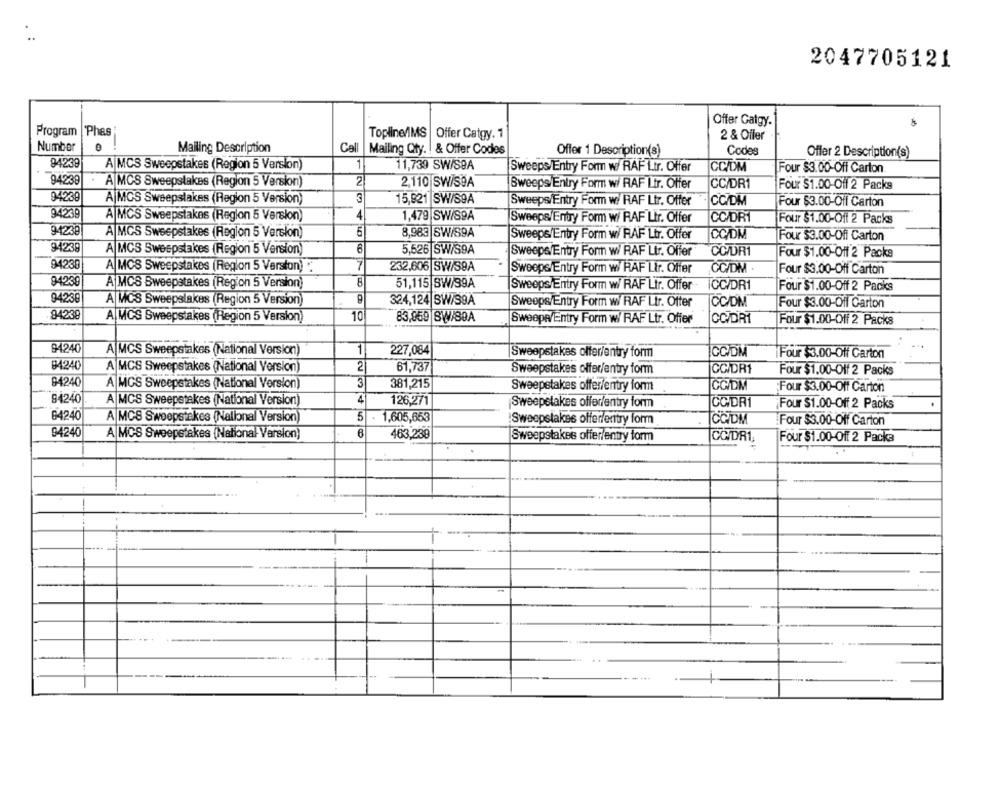
2047705121
Offer Gatgy.
Program |Phas
Topline/IMS |Offer Catgy. 1
2 & Offer
Number
Mailing Description
Call
Mailing Qty. ! & Offer Codes
Codes
Offer 1 Description(s)
Offer 2 Description(s)
94239
A|MCS Sweepstakes (Region 5 Version)
1
11,739 SW/SBA
CC/DM
Sweeps/Entry Form w/ RAF Ltr. Offer
Four $3.00-Off Carton
94238
. A MCS Sweepstakes (Region 5 Version)
2
2,110 SW/S9A
Sweeps Entry Form w/ RAF Ltr. Offer
CC/DR1
Four $1.00-Off 2 Packs
94239
15,821 SW/S9A
A|MCS Sweepstakes (Region 5 Version)
Sweeps/Entry Form w: RAF Ltr. Offer
CC/DM
Four $3.00-Off Carton
94239
4
A MCS Sweepstakes (Region 5 Version)
1,479 SW/S9A
Sweeps/Entry Form w/ RAF Ltr. Offer
CC/DR
Four $1.00-Off 2 Packs
94238
A MCS Sweepstakes (Region 5 Version)
5
8,988 SW/89A
Sweeps/Entry Form w/ RAF Ltr. Offer
CC/DM
Four $3.00-Off Carton
94239
A MCS Sweepstakes (Region 5 Version)
5,526 SWIS9A
Sweeps/Entry Form wi RAF Ltr. Offer
CC/DR1
Four $1.00-Off 2 Packs
94239
A MCS Sweepstakes (Region 5 Version) .
7
232,606 SW/S9A
Sweeps/Entry Form w/ RAF Ltr. Offer
CC/DM .
Four $3.00-Off Carton
94239
A MCS Sweepstakes (Region 5 Version)
51,115 SW/39A
Sweeps/Entry Form w/ RAF Ltr. Offer
CC/DR1
Four $1.00-Off 2 Packs
94239
A MCS Sweepstakes (Region 5 Version
324,124 SW/39A
CC/DM
Sweeps/Entry Form w/ RAF Ltr. Offer
Four $3.00-Off Carton
94238
10
A|MCS Sweepstakes (Region 5 Version)
83,059 8W/89A
Sweepe/Entry Form w/ RAF Ltr. Offer
CC/DR1
Four $1.00-Off 2 Packs
94240
A MCS Sweepstakes (National Version)
1
227,084
Sweepstakes offer/entry form
CC/DM
Four $3.00-Off Carton
84240
A MCS Sweepstakes (National Version)
2
61,737
Sweepstakes offer/entry form
CC/DR1
Four $1.00-Olf 2 Packs
94240
A MCS Sweepstakes (National Version)
3
381,215
Sweepstakes offer/entry form
CG/DM
Four $3.00-Off Carton
94240
A MCS Sweepstakes (National Version)
4
126,271
Sweepstakes offer/entry form
CCDR1
Four $1.00-Off 2 Packs
84240
A MC8 Sweepstakes (Nalional Version)
5
.
1,605,653
CCIDM
Sweepstakes offer/exttry form
Four $3.00-Off Carton
94240
A MCS Sweepstakes (National- Version)
463,238
Sweepstakes offer/entry form
CC/DR1,
Four $1.00-Off 2 Packa
--